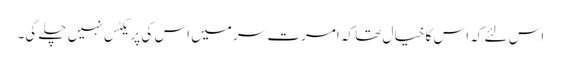
اس لئے کہ اس کا خیال تھا کہ امرت سر میں اس کی پریکٹس نہیں چلے گی۔